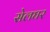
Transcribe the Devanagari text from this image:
सेलघर